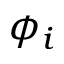
\phi _ { i }